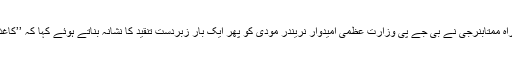
یکم ؍ مئی (سیاست ڈاٹ کام) ترنمول کانگریس سربراہ ممتابنرجی نے بی جے پی وزارت عظمیٰ امیدوار نریندر مودی کو پھر ایک بار زبردست تنقید کا نشانہ بناتے ہوئے کہا کہ ’’کاغذی شیر‘‘ اور ’’رائل بنگال شیر‘‘ میں کافی فرق ہے۔